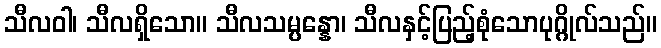
သီလဝါ၊ သီလရှိသော။ သီလသမ္ပန္နော၊ သီလနှင့်ပြည့်စုံသောပုဂ္ဂိုလ်သည်။